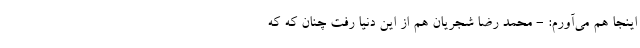
اینجا هم می‌آورم: - محمد رضا شجریان هم از این دنیا رفت چنان که که